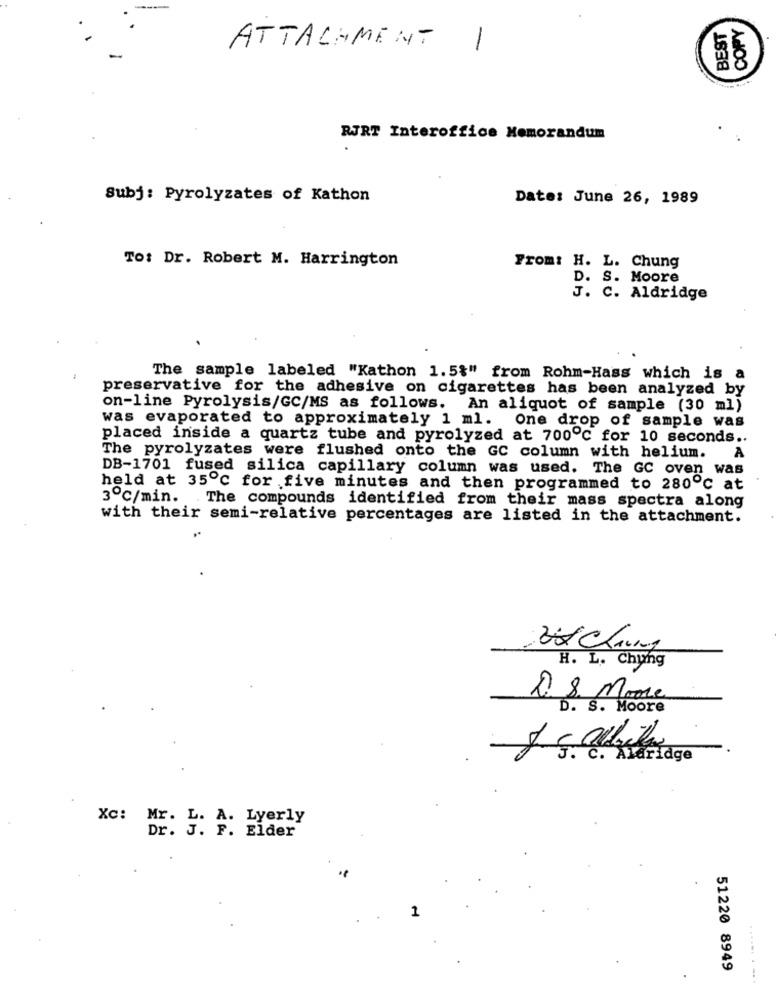
BEST
ATTACHMENT
1
8
RJRT Interoffice Memorandum
Subj: Pyrolyzates of Kathon
Date: June 26, 1989
To: Dr. Robert M. Harrington
From: H. L. Chung
D. S. Moore
J. C. Aldridge
The sample labeled "Kathon 1.5%" from Rohm-Hass which is a
preservative for the adhesive on cigarettes has been analyzed by
on-line Pyrolysis/GC/MS as follows. An aliquot of sample (30 ml)
was evaporated to approximately 1 ml. One drop of sample was
placed inside a quartz tube and pyrolyzed at 700℃ for 10 seconds ..
The pyrolyzates were flushed onto the GC column with helium.
A
DB-1701 fused silica capillary column was used. The GC oven was
held at 35℃ for five minutes and then programmed to 280℃ at
3º℃/min. The compounds identified from their mass spectra along
with their semi-relative percentages are listed in the attachment.
H. L. Chung
2. 8. Moore
D. S. Moore
C. Alaridge
Xc: Mr. L. A. Lyerly
Dr. J. F. Elder
1
51220 8949
...... . -..